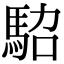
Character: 𩢟